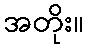
အတိုး။